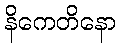
နိကေတိနော